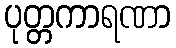
ပုတ္တကာရဏာ